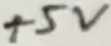
Text: 10µ